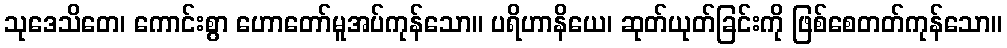
သုဒေသိတေ၊ ကောင်းစွာ ဟောတော်မူအပ်ကုန်သော။ ပရိဟာနိယေ၊ ဆုတ်ယုတ်ခြင်းကို ဖြစ်စေတတ်ကုန်သော။